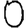
Digit: 0